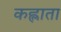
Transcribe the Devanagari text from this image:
कह्लाता